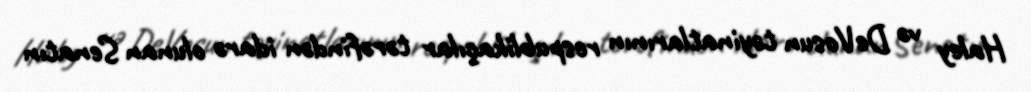
Haley və DeVosun təyinatlarının respublikaçılar tərəfindən idarə olunan Senatın